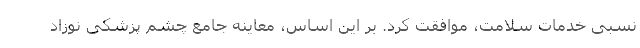
نسبی خدمات سلامت، موافقت کرد. بر این اساس، معاینه جامع چشم پزشکی نوزاد